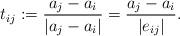
LaTeX: \begin{align*}t_{ij} := \frac{a_j - a_i}{|a_j - a_i|} = \frac{a_j - a_i}{|e_{ij}|}.\end{align*}